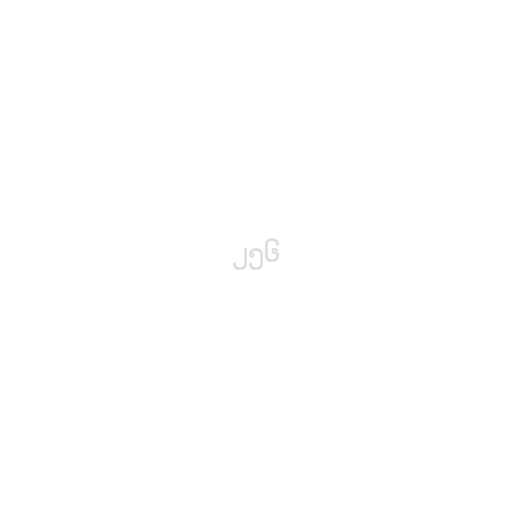
၂၅၆